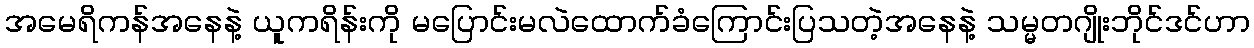
အမေရိကန်အနေနဲ့ ယူကရိန်းကို မပြောင်းမလဲထောက်ခံကြောင်းပြသတဲ့အနေနဲ့ သမ္မတဂျိုးဘိုင်ဒင်ဟာ